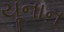
યૂનાન